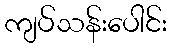
ကျပ်သန်းပေါင်း